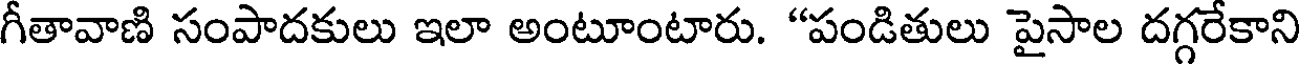
గీతావాణి సంపాదకులు ఇలా అంటూంటారు. "పండితులు పైసాల దగ్గరేకాని